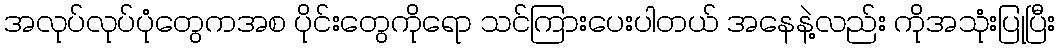
အလုပ်လုပ်ပုံတွေကအစ ပိုင်းတွေကိုရော သင်ကြားပေးပါတယ် အနေနဲ့လည်း ကိုအသုံးပြုပြီး